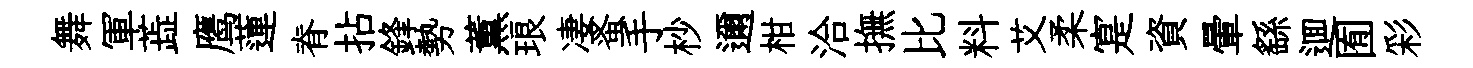
舞軍蕋鹰蓮脊拈鋒勢薫琅凄蚤手杪邇柑洽撫比料艾柔寔資暈繇逥囿彩